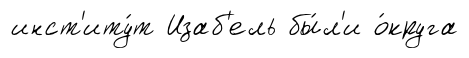
инст'иту́т Изаб'ель бы́л'и о́круга